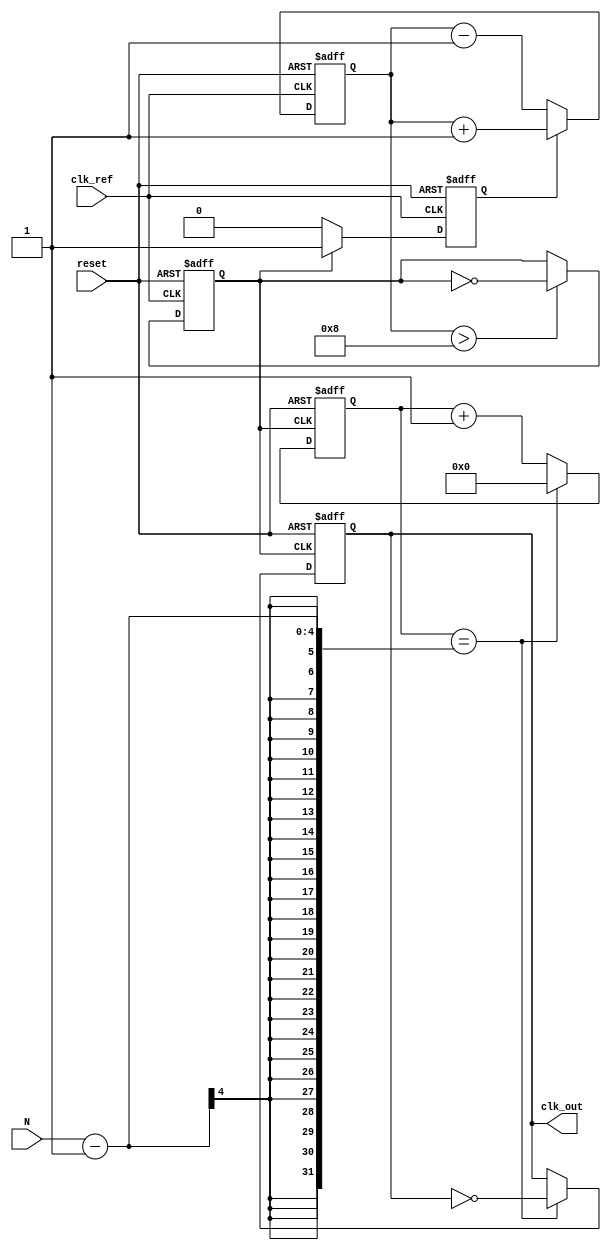
module PLL_Integer_N (
    input wire clk_ref,           // Reference clock input
    input wire reset,             // Asynchronous reset
    input wire [3:0] N,           // Division factor (Integer N)
    output reg clk_out            // Output clock signal
);

// Internal signals
reg phase_error;                  // Phase error signal
reg [15:0] control_voltage;       // Control voltage for VCO
reg clk_vco;                      // VCO output clock
reg [3:0] counter;                // Frequency divider counter

// Phase Detector (PD)
always @(posedge clk_ref or posedge reset) begin
    if (reset) begin
        phase_error <= 0;
    end else if (clk_vco) begin
        // Basic example of phase error detection
        phase_error <= 1; // Assume clk_vco leads clk_ref by one cycle
    end else begin
        phase_error <= 0; // No error
    end
end

// Loop Filter (LF)
always @(posedge clk_ref or posedge reset) begin
    if (reset) begin
        control_voltage <= 0;
    end else begin
        // Simple proportional control
        if (phase_error) begin
            control_voltage <= control_voltage + 1; // Increase control voltage
        end else begin
            control_voltage <= control_voltage - 1; // Decrease control voltage
        end
    end
end

// Voltage-Controlled Oscillator (VCO)
always @(posedge clk_ref or posedge reset) begin
    if (reset) begin
        clk_vco <= 0;
    end else if (control_voltage > 8) begin
        clk_vco <= ~clk_vco; // Toggle VCO for simple frequency generation
    end
end

// Frequency Divider
always @(posedge clk_vco or posedge reset) begin
    if (reset) begin
        clk_out <= 0;
        counter <= 0;
    end else begin
        if (counter == (N - 1)) begin
            clk_out <= ~clk_out; // Toggle output clock for division
            counter <= 0;
        end else begin
            counter <= counter + 1; // Increment counter
        end
    end
end

endmodule